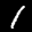
Label: 1